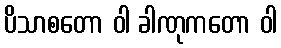
ပိသာစတော ဝါ ခါဏုကတော ဝါ